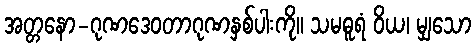
အတ္တနော-ဂုဏဒေဝတာဂုဏနှစ်ပါးကို။ သမဓူရံ ဝိယ၊ မျှသော